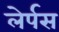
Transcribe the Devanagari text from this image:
लेर्पस